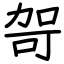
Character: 哿